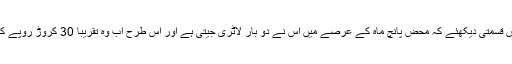
اس نوجوان کی خوش قسمتی دیکھئے کہ محض پانچ ماہ کے عرصے میں اُس نے دو بار لاٹری جیتی ہے اور اس طرح اب وہ تقریباً 30 کروڑ روپے کا مالک بن چکا ہے۔